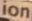
ion